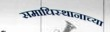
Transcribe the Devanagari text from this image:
समाधिस्थानाच्या